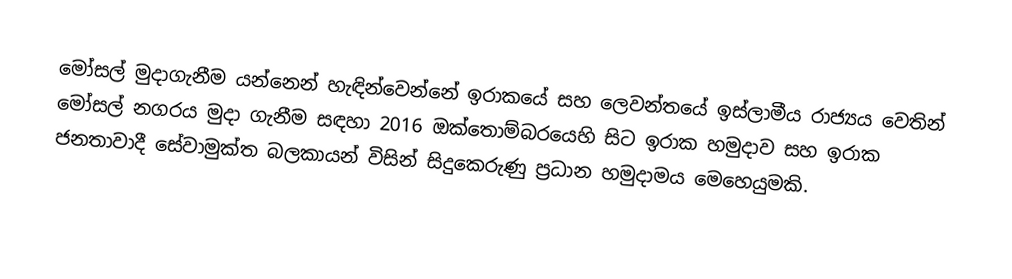
මෝසල් මුදාගැනීම යන්නෙන් හැඳින්වෙන්නේ ඉරාකයේ සහ ලෙවන්තයේ ඉස්ලාමීය රාජ්‍යය වෙතින් මෝසල් නගරය මුදා ගැනීම සඳහා 2016 ඔක්තොම්බරයෙහි සිට ඉරාක හමුදාව සහ ඉරාක ජනතාවාදී සේවාමුක්ත බලකායන් විසින් සිදුකෙරුණු ප්‍රධාන හමුදාමය මෙහෙයුමකි.